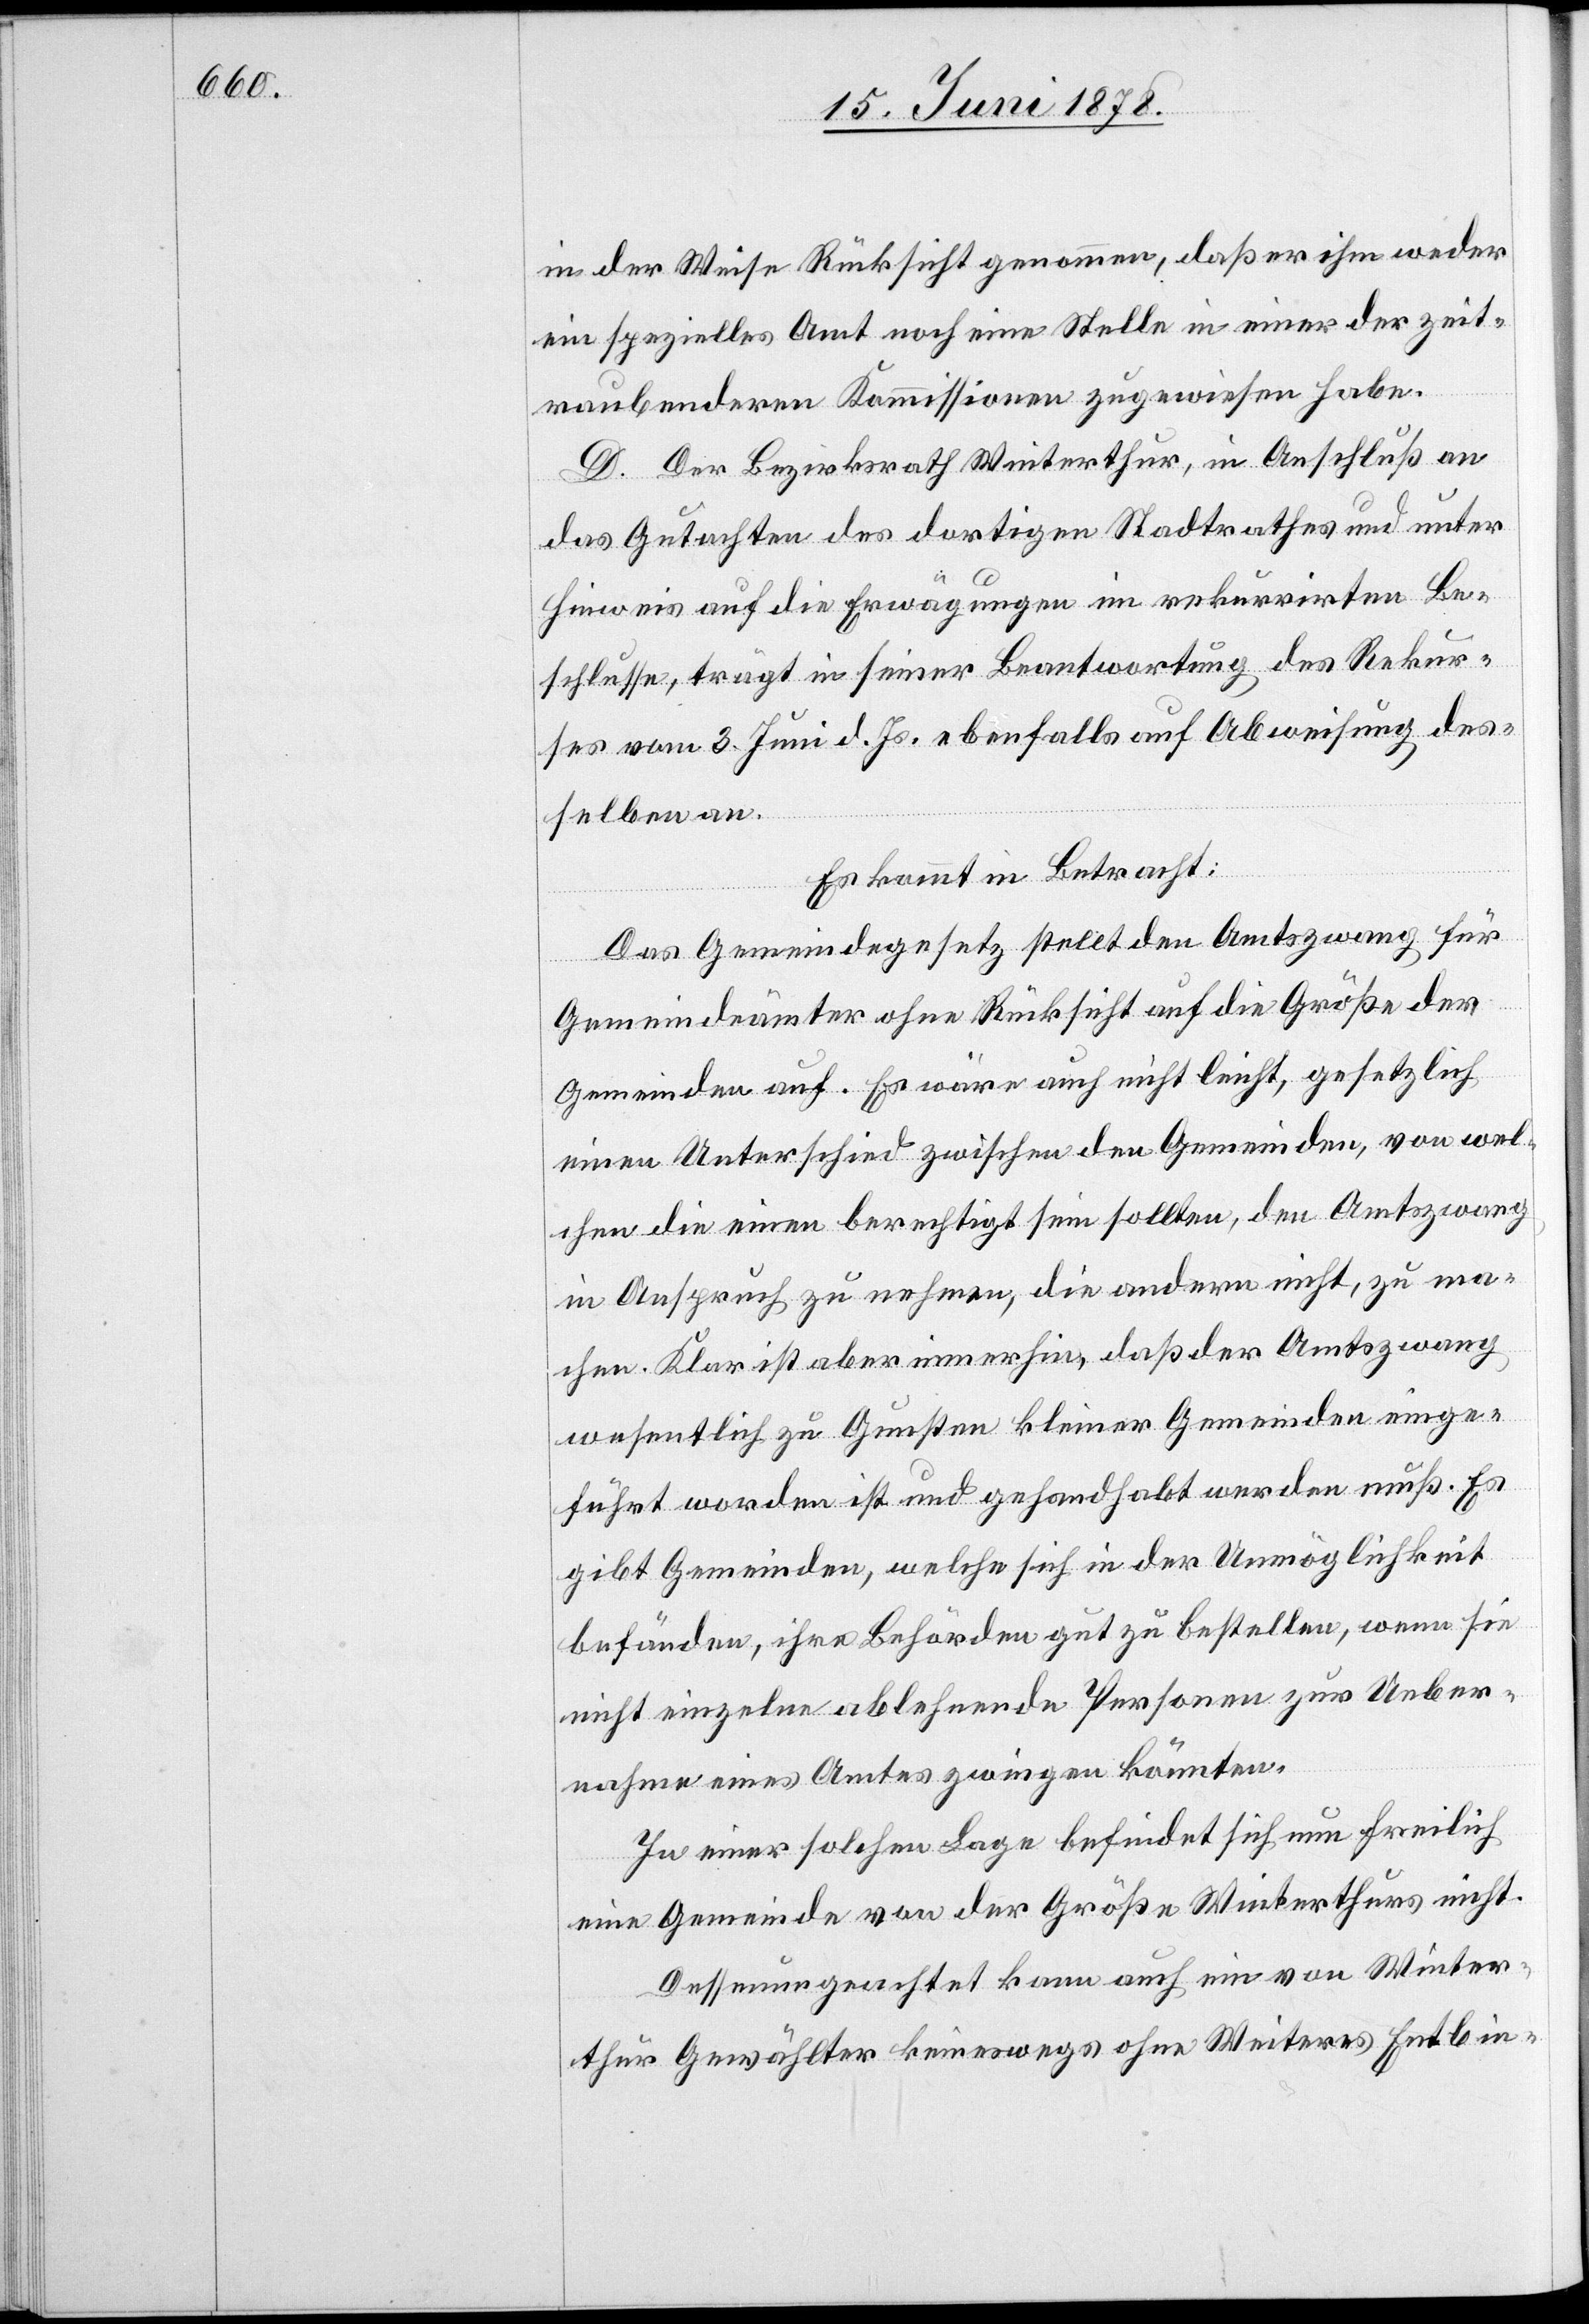
in der Weise Rücksicht genommen, daß er ihm weder
ein spezielles Amt noch eine Stelle in einer der zeit¬
raubenderen Kommissionen zugewiesen habe.
D. Der Bezirksrath Winterthur, in Anschluß an
das Gutachten des dortigen Stadtrathes und unter
Hinweis auf die Erwägungen im rekurrirten Be¬
schlusse, trägt in seiner Beantwortung des Rekur¬
ses vom 3. Juni d. Js. ebenfalls auf Abweisung des¬
selben an.
Es kommt in Betracht:
Das Gemeindegesetz stellt den Amtszwang für
Gemeindeämter ohne Rücksicht auf die Größe der
Gemeinden auf. Es wäre auch nicht leicht, gesetzlich
einen Unterschied zwischen den Gemeinden, von wel¬
chen die einen berechtigt sein sollten, den Amtszwang
in Anspruch zu nehmen, die andern nicht, zu ma¬
chen. Klar ist aber immerhin, daß der Amtszwang
wesentlich zu Gunsten kleiner Gemeinden einge¬
führt worden ist und gehandhabt werden muß. Es
gibt Gemeinden, welche sich in der Unmöglichkeit
befänden, ihre Behörden gut zu bestellen, wenn sie
nicht einzeln ablehnende Personen zur Ueber¬
nahme eines Amtes zwingen könnten.
In einer solchen Lage befindet sich nun freilich
eine Gemeinde von der Größe Winterthurs nicht.
Dessenungeachtet kann auch ein von Winter¬
thur Gewählter keineswegs ohne Weiteres Entbin-